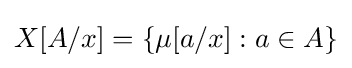
X[A/x]=\{\mu [a/x]:a\in A\}